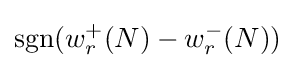
{\rm {sgn}}(w_{r}^{+}(N)-w_{r}^{-}(N))